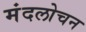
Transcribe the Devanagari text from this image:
मंदलोचन